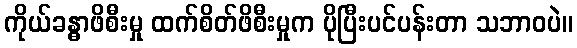
ကိုယ်ခန္ဓာဖိစီးမှု ထက်စိတ်ဖိစီးမှုက ပိုပြီးပင်ပန်းတာ သဘာဝပဲ။